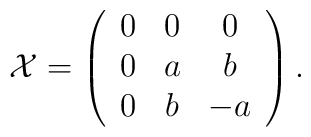
{\cal X} = \left(\begin{array}{ccc}0 & 0 & 0   \\0 & a & b \\0 & b & -a\end{array}\right).